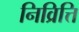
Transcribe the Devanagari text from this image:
निव्रित्ति